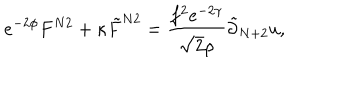
e ^ { - 2 \phi } F ^ { N 2 } + \kappa { \tilde { F } } ^ { N 2 } = \frac { f ^ { 2 } e ^ { - 2 \gamma } } { \sqrt { 2 } \rho } { \tilde { \partial } } _ { N + 2 } u ,